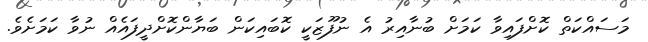
މަސައްކަތް ކޮށްފައިވާ ކަމަށް ބުނާއިރު އެ ނުފޫޒަކީ ކޮބައިކަން ބަޔާންކޮށްދީފައެއް ނުވާ ކަމަށެވެ.